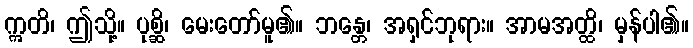
ဣတိ၊ ဤသို့။ ပုစ္ဆိ၊ မေးတော်မူ၏။ ဘန္တေ၊ အရှင်ဘုရား။ အာမအတ္ထိ၊ မှန်ပါ၏။